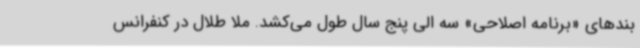
بندهای «برنامه اصلاحی» سه الی پنج سال طول می‌کشد. ملا طلال در کنفرانس